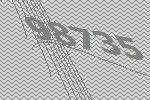
98735